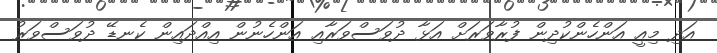
އަދި މިއީ އަންހެންކުދިން ފުރާވަރަށް އަޅާ ދުވަސްވަރާއި އަންހެނުން އިއްދައިން ކެނޑޭ ދުވަސްވަރު